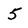
Character: 5